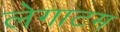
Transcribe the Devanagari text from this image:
लेगाटम